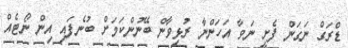
ޑްރަގް ނަގަން ފެށީ ނަވާ އަހަންނާ ރުޅިވާން ބޭނުންކަމަށް ބުނެފައި އިން ނޯޓެއް